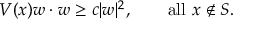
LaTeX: V ( x ) w \cdot w \geq c | w | ^ { 2 } , \qquad \mathrm { a l l } \ x \not \in S .